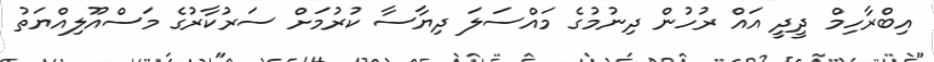
އިބްރާހިމް ދީދީ އައް ރުހުން ދިނުމުގެ މައްސަލަ ދިޔާސާ ކުރުމަށް ސަރުކާރުގެ މަސްއޫލިއްޔަތު